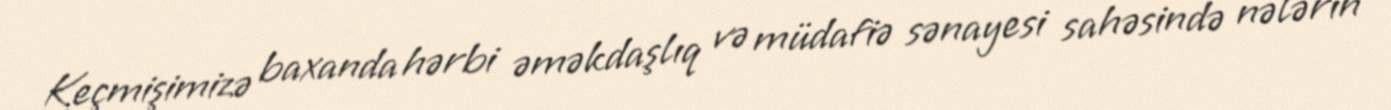
Keçmişimizə baxanda hərbi əməkdaşlıq və müdafiə sənayesi sahəsində nələrin